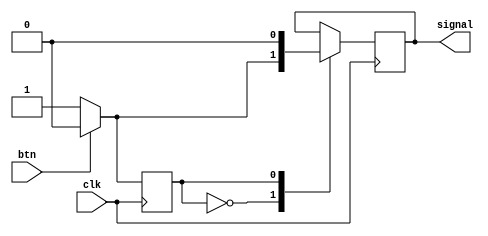
// Esta fsm controla que los pulsadores
// generen una sola salida en el instante que se pulsan
// y no vuelvan a generar otra seal en tanto
// no se suelte y vuelva a presionar.

// Debe tener u clock tal que 'filtre' el rebote
// y tal que permita presionarlo repetidamente relativamente 'rapido'

module fsm_boton(clk, btn, signal);

    input clk, btn;
    output signal;

    wire clk, btn;
    reg signal;

    parameter IDLE = 1'b0, PRESSED = 1'b1;

    reg state, next_state;

    initial
    begin
        state <= IDLE;
        signal <= 0;
    end

    always @ (posedge clk)
    begin: FSM
    case(state)
        IDLE:       if(btn == 1'b0)
                    begin
                        state <= PRESSED;
                        signal <= 1;
                    end
                    else if(btn == 1'b1)
                    begin
                        state <= IDLE;
                        signal <=0;
                    end
        PRESSED:    if(btn == 1'b0)
                    begin
                        state <= PRESSED;
                        signal <= 0;
                    end
                    else if(btn == 1'b1)
                    begin
                        state <= IDLE;
                        signal <= 0;
                    end
        default:    state <= IDLE;
                    
    endcase
    end
endmodule